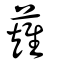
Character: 薙